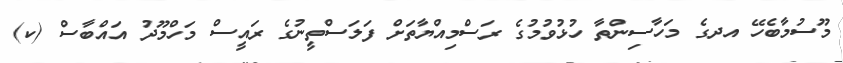
މޫސުމާބެހޭ އދގެ މަހާސިންތާ ހުޅުވުމުގެ ރަސްމިއްޔާތަށް ފަލަސްތީނުގެ ރައީސް މަހްމޫދު އައްބާސް (ކ)